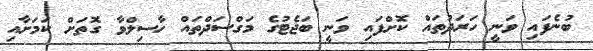
ބުނެފައި ވަނީ ހަރަދުތައް ކޮށްފައި ވަނީ ބަޖެޓުގެ މަގްސަދްތައް ހާސިލްވާ ގޮތަށް ކަމަށާއި